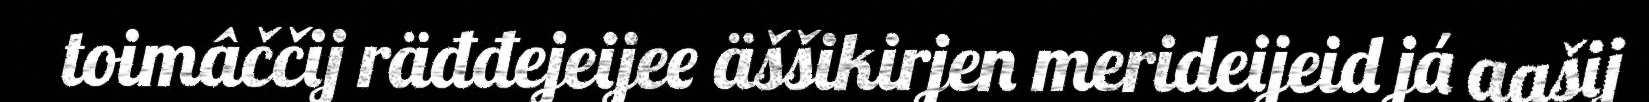
toimâččij räđđejeijee äššikirjen merideijeid já aašij